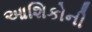
આશિકોની